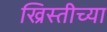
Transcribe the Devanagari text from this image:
ख्रिस्तीच्या